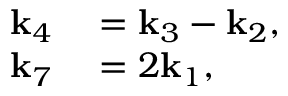
\begin{array} { r l } { \mathbf { k } _ { 4 } } & { { } = \mathbf { k } _ { 3 } - \mathbf { k } _ { 2 } , } \\ { \mathbf { k } _ { 7 } } & { { } = 2 \mathbf { k } _ { 1 } , } \end{array}